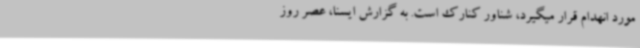
مورد انهدام قرار میگیرد، شناور کنارک است. به گزارش ایسنا، عصر روز